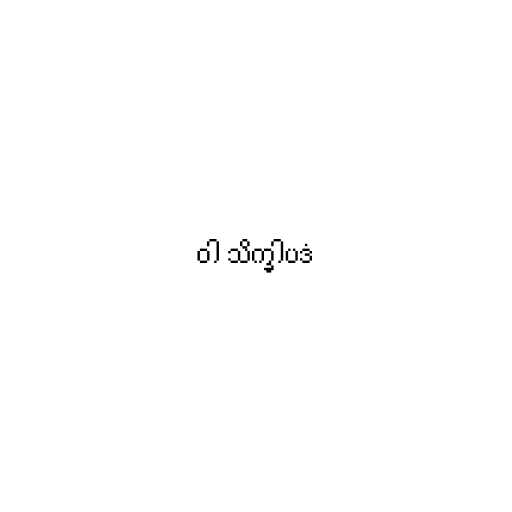
ဝါ သိက္ခါပဒံ